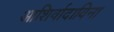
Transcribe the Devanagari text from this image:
आशिर्वादाविना